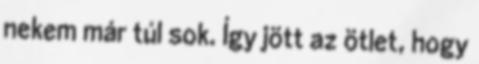
nekem már túl sok. Így jött az ötlet, hogy